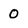
Character: 0